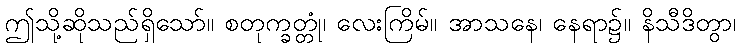
ဤသို့ဆိုသည်ရှိသော်။ စတုက္ခတ္တုံ၊ လေးကြိမ်။ အာသနေ၊ နေရာ၌။ နိသီဒိတွာ၊